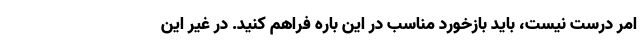
امر درست نیست، باید بازخورد مناسب در این باره فراهم کنید. در غیر این